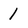
Character: 1